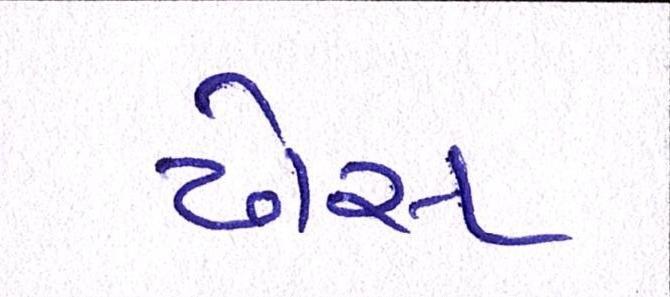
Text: ઢોસ